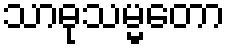
သာဓုသမ္မတော